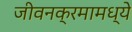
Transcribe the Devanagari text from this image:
जीवनक्रमामध्ये